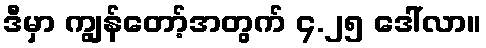
ဒီမှာ ကျွန်တော့်အတွက် ၄.၂၅ ဒေါ်လာ။